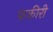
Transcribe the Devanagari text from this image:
फकीरी